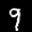
Label: 9